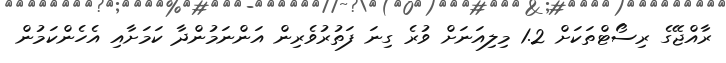
ރާއްޖޭގެ ރިސޯޓްތަކަށް 1.2 މިލިއަނަށް ވުރެ ގިނަ ފަތުރުވެރިން އަންނަމުންދާ ކަަމަށާއި އެހެންކަމުން